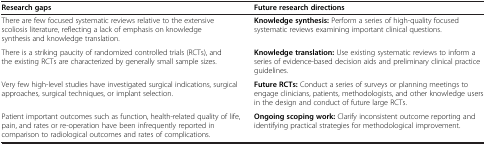
<table><thead><tr><td><b>Research gaps</b></td><td><b>Future research directions</b></td></tr></thead><tbody><tr><td>There are few focused systematic reviews relative to the extensive scoliosis literature, reflecting a lack of emphasis on knowledge synthesis and knowledge translation.</td><td><b>Knowledge synthesis:</b> Perform a series of high-quality focused systematic reviews examining important clinical questions.</td></tr><tr><td>There is a striking paucity of randomized controlled trials (RCTs), and the existing RCTs are characterized by generally small sample sizes.</td><td><b>Knowledge translation:</b> Use existing systematic reviews to inform a series of evidence-based decision aids and preliminary clinical practice guidelines.</td></tr><tr><td>Very few high-level studies have investigated surgical indications, surgical approaches, surgical techniques, or implant selection.</td><td><b>Future RCTs:</b> Conduct a series of surveys or planning meetings to engage clinicians, patients, methodologists, and other knowledge users in the design and conduct of future large RCTs.</td></tr><tr><td>Patient important outcomes such as function, health-related quality of life, pain, and rates or re-operation have been infrequently reported in comparison to radiological outcomes and rates of complications.</td><td><b>Ongoing scoping work:</b> Clarify inconsistent outcome reporting and identifying practical strategies for methodological improvement.</td></tr></tbody></table>